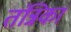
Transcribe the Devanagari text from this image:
तंन्निका